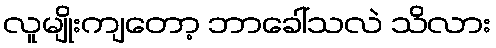
လူမျိုးကျတော့ ဘာခေါ်သလဲ သိလား